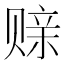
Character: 𫎪